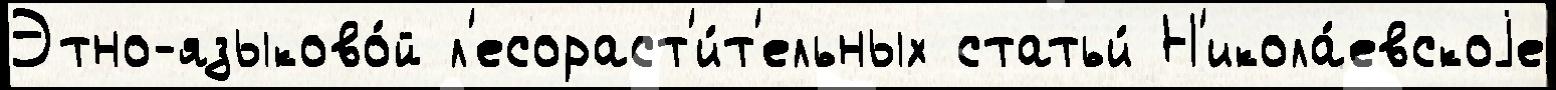
Этно-языково́й л'есораст'и́т'ельных статьи́ Н'икола́евскоjе